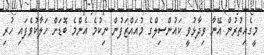
މީގެއިތުރުން އޭނާ ވިދާޅުވީ ކައުންސިލްގެ މުއައްޒަފުން ނިކުމެ އެންމެ ބޮޑަށް ހަލާކުވެފައި ހުރި